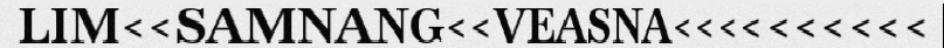
LIM<<SAMNANG<<VEASNA<<<<<<<<<<